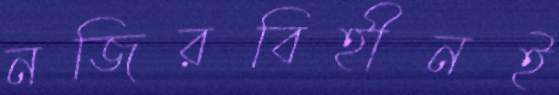
নজিরবিহীনই